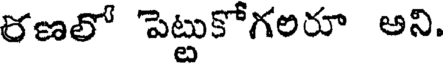
రణలో పెట్టుకోగలరూ అని.